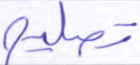
تصليح